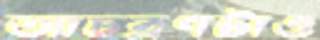
আচরণটাও